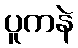
ပူကနဲ